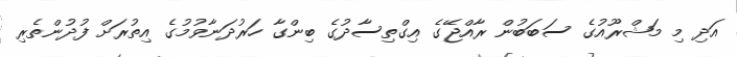
އަދި މި މަޝްރޫއުގެ ސަބަބުން ރާއްްޖޭގެ އިގްތިސާދުގެ ބިންގާ ހަރުދަނާވުމުގެ އިތުރަށް ފުދުންތެރި